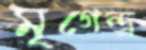
মৃগেন্দ্র্র